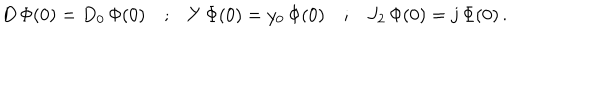
LaTeX: \begin{array} { c c c c c } { { D \, \Phi ( 0 ) = D _ { 0 } \, \Phi ( 0 ) } } & { { ; } } & { { Y \, \Phi ( 0 ) = y _ { 0 } \, \Phi ( 0 ) } } & { { ; } } & { { J _ { 2 } \, \Phi ( 0 ) = j \, \Phi ( 0 ) \, . } } \\ \end{array}